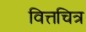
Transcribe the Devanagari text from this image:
वित्तचित्र